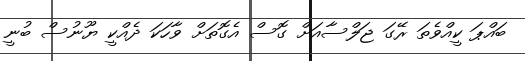
ބައްޕަ ކީއްވެތަ ރޭގަ ޖަލްސާއަށް ގޮސް އެގޮތަށް ވާހަކަ ދެއްކީ ޔޫނުސް ބުނީ